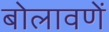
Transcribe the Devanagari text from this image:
बोलावणें